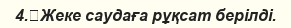
4.	Жеке саудаға рұқсат берілді.